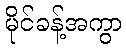
မိုင်ခန့်အကွာ